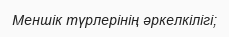
Меншік түрлерінің әркелкілігі;